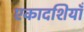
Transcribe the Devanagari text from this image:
एकादशियाँ